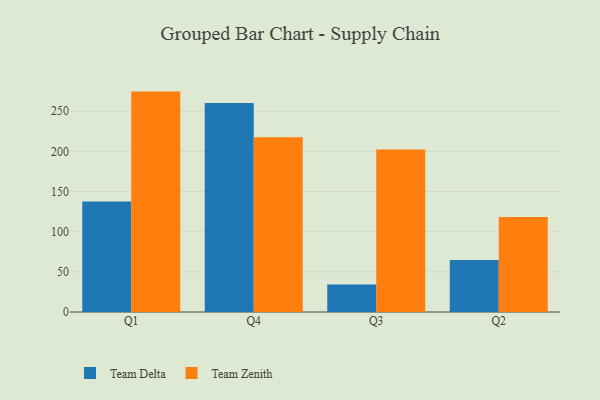
{"axis": {"x": "Quarter", "y": "Operating Costs (USD K)"}, "legend": ["Team Delta", "Team Zenith"], "data": [{"x": "Q1", "y": 137.7, "type": "Team Delta"}, {"x": "Q1", "y": 274.5, "type": "Team Zenith"}, {"x": "Q4", "y": 260.4, "type": "Team Delta"}, {"x": "Q4", "y": 217.5, "type": "Team Zenith"}, {"x": "Q3", "y": 34.2, "type": "Team Delta"}, {"x": "Q3", "y": 202.3, "type": "Team Zenith"}, {"x": "Q2", "y": 64.9, "type": "Team Delta"}, {"x": "Q2", "y": 118.2, "type": "Team Zenith"}]}